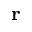
\mathbf { r }